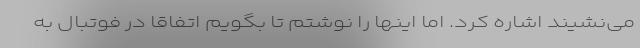
می‌نشیند اشاره کرد. اما اینها را نوشتم تا بگویم اتفاقا در فوتبال به